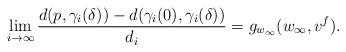
LaTeX: \begin{align*}\lim_{i\to \infty}\frac{d(p,\gamma_i(\delta))-d(\gamma_i(0),\gamma_i(\delta))}{d_i}=g_{w_\infty}(w_\infty,v^f).\end{align*}